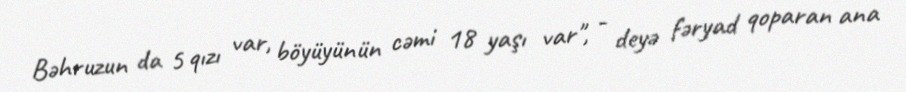
Bəhruzun da 5 qızı var, böyüyünün cəmi 18 yaşı var", - deyə fəryad qoparan ana